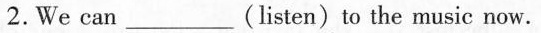
2.We can ___ (listen) to the music now.